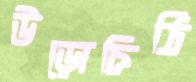
উড়োচিঠি